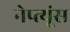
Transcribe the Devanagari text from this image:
नेप्त्यूंस